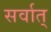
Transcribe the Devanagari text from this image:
सर्वात्